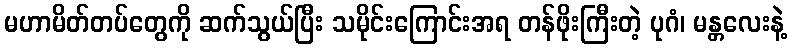
မဟာမိတ်တပ်တွေကို ဆက်သွယ်ပြီး သမိုင်းကြောင်းအရ တန်ဖိုးကြီးတဲ့ ပုဂံ၊ မန္တလေးနဲ့